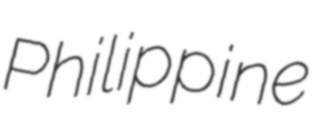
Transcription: Philippine